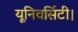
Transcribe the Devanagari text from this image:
यूनिवर्सिटी।